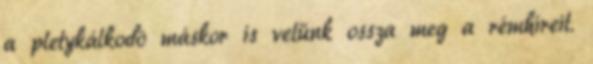
a pletykálkodó máskor is velünk ossza meg a rémhíreit.